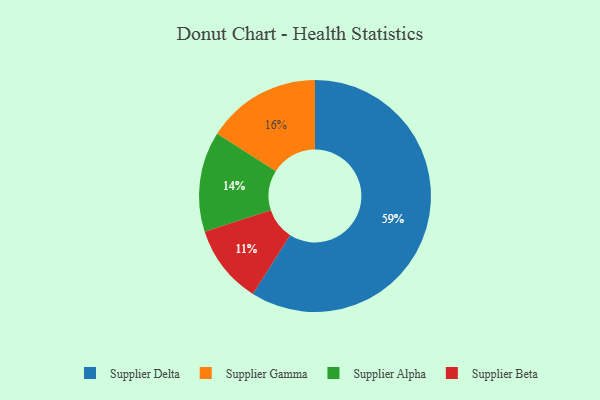
{"axis": {"x": "Category", "y": "Percentage"}, "legend": ["Supplier Alpha", "Supplier Beta", "Supplier Delta", "Supplier Gamma"], "data": [{"x": "Supplier Delta", "y": 59, "type": "Supplier Delta"}, {"x": "Supplier Alpha", "y": 14, "type": "Supplier Alpha"}, {"x": "Supplier Gamma", "y": 16, "type": "Supplier Gamma"}, {"x": "Supplier Beta", "y": 11, "type": "Supplier Beta"}]}